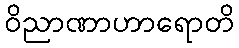
ဝိညာဏာဟာရောတိ